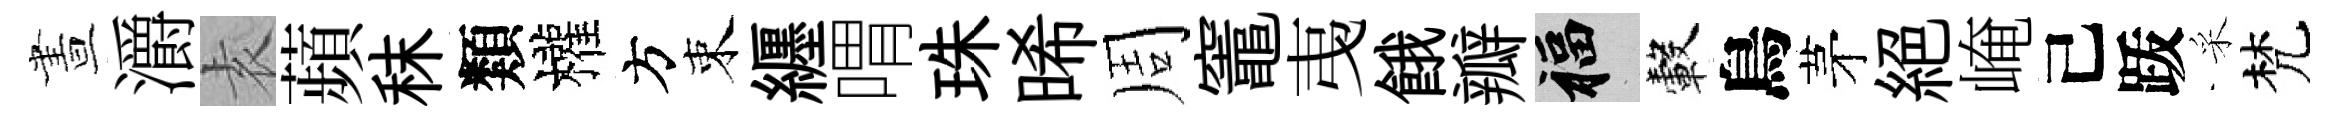
晝灂𡊮蘋秣類權方束纒喟珠晞周竈𢎯餓瓣福轂鳥茅絕崦己䟦采梵